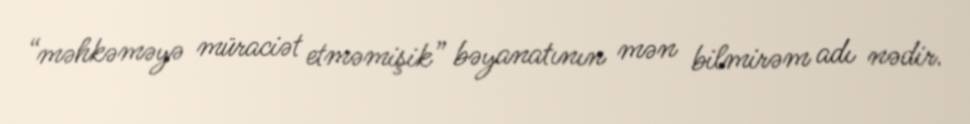
“məhkəməyə müraciət etməmişik” bəyanatının mən bilmirəm adı nədir.